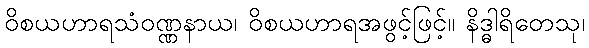
ဝိစယဟာရသံဝဏ္ဏနာယ၊ ဝိစယဟာရအဖွင့်ဖြင့်။ နိဒ္ဓါရိတေသု၊